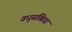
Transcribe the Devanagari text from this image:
वधुसखियां